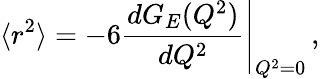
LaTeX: \langle r^{2}\rangle=-6\left.{\frac{dG_{E}(Q^{2})}{dQ^{2}}}\right|_{Q^{2}=0}\, ,